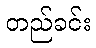
တည်ခင်း